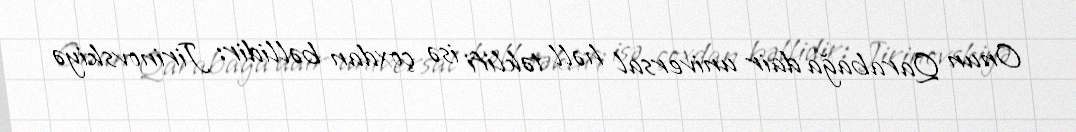
Onun Qarabağa dair universal həll təklifi isə çoxdan bəllidir: Jirinovskiyə